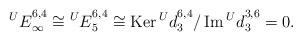
LaTeX: \begin{align*} {{^U}E}_{\infty}^{6,4}\cong {{^U}E}_{5}^{6,4}\cong\operatorname{Ker}{{^U}d}_{3}^{6,4}/\operatorname{Im}{{^U}d}_{3}^{3,6}=0. \end{align*}